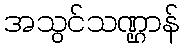
အသွင်သဏ္ဌာန်